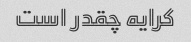
کرایه چقدر است